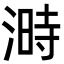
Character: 溡